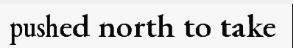
pushed north to take